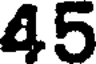
45